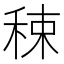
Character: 𥟈